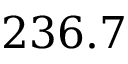
2 3 6 . 7